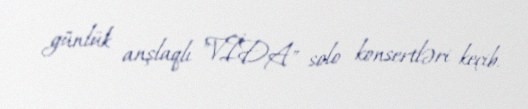
günlük anşlaqlı "VİDA" solo konsertləri keçib.